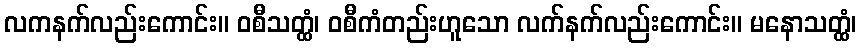
လကနက်လည်းကောင်း။ ဝစီသတ္ထံ၊ ဝစီကံတည်းဟူသော လက်နက်လည်းကောင်း။ မနောသတ္ထံ၊